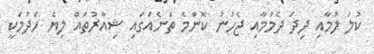
ކުލަ ލުމާއި ދިދަ ދެމުމާއި ޖެހުނު ކޮންމެ ތަނެއްގައި ޝިއާރުތައް ލިޔެ ހެދުމަކީ